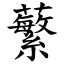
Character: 蘩